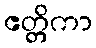
ဧတ္တိကာ